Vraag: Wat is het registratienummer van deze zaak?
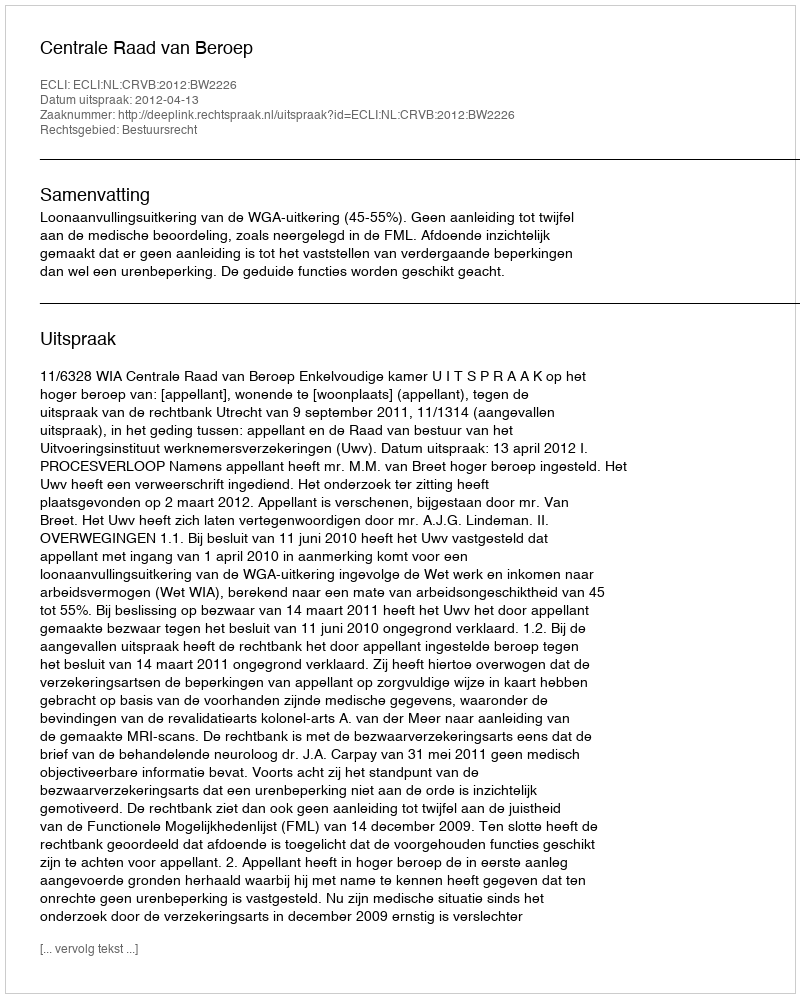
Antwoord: http://deeplink.rechtspraak.nl/uitspraak?id=ECLI:NL:CRVB:2012:BW2226